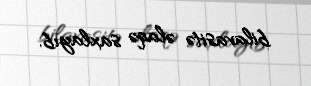
bilavasitə əlaqə saxlayıb.